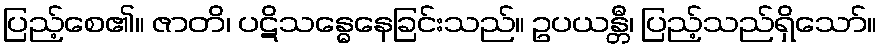
ပြည့်စေ၏။ ဇာတိ၊ ပဋိသန္ဓေနေခြင်းသည်။ ဥပယန္တီ၊ ပြည့်သည်ရှိသော်။